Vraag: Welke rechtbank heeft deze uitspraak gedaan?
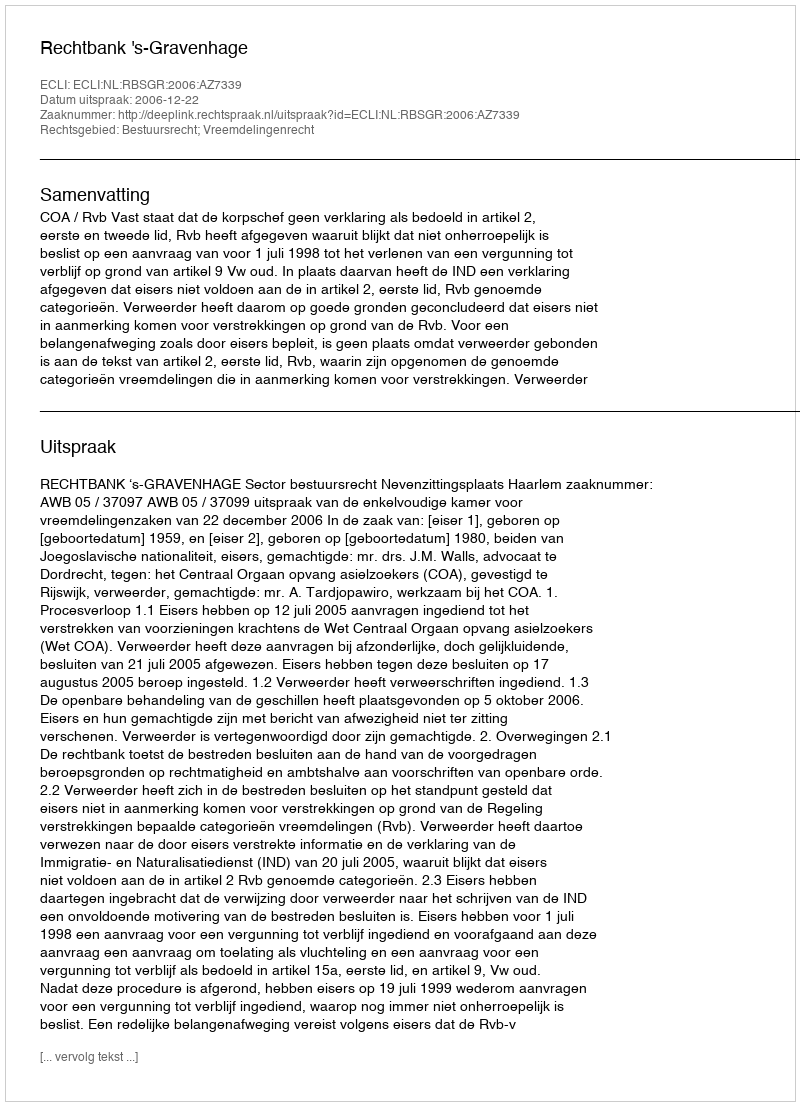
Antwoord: Rechtbank 's-Gravenhage